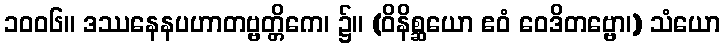
၁၀၀၆။ ဒဿနေနပဟာတဗ္ဗတ္တိကေ၊ ၌။ (ဝိနိစ္ဆယော ဧဝံ ဝေဒိတဗ္ဗော၊) သံယော